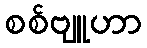
စစ်ဗျူဟာ